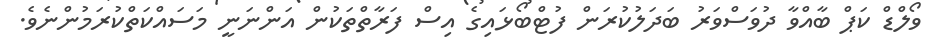
ވޯލްޑް ކަޕް ބާއްވާ ދުވަސްވަރު ބަދަލުކުރަން ފުޓްބޯޅައިގެ އިސް ފަރާތްތަކުން އަންނަނީ މަސައްކަތްކުރަމުންނެވެ.